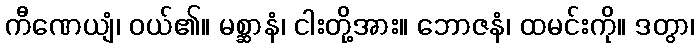
ကီဏေယျံ၊ ဝယ်၏။ မစ္ဆာနံ၊ ငါးတို့အား။ ဘောဇနံ၊ ထမင်းကို။ ဒတွာ၊